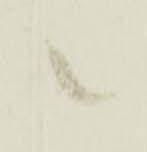
候